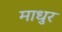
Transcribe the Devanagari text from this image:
माधुर